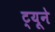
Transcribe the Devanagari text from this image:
ट्यूने